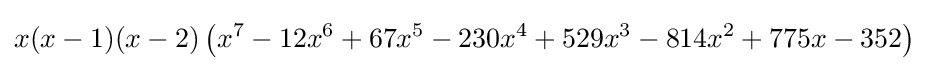
x(x-1)(x-2)\left(x^{7}-12x^{6}+67x^{5}-230x^{4}+529x^{3}-814x^{2}+775x-352\right)